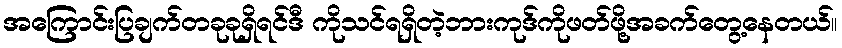
အကြောင်းပြချက်တခုခုရှိရင်ဒီ ကိုသင်ရရှိတဲ့ဘားကုဒ်ကိုဖတ်ဖို့အခက်တွေ့နေတယ်။